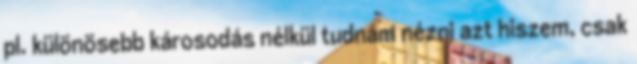
pl. különösebb károsodás nélkül tudnám nézni azt hiszem, csak